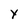
Character: Y